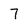
Character: 7